Document type: Emphyteutic lease
Year: 1473
Scribe: [Unknown]
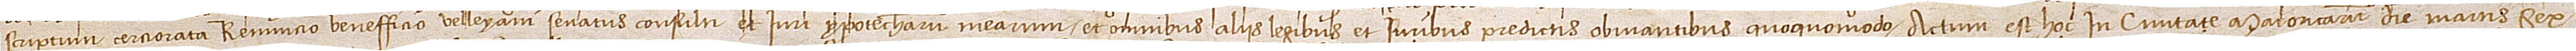
scroiptum cerciorata, renuncio benefficio Velleyani senatus consulti, et iuri ypotecharum mearum, et omnibus aliis legibus et iuribus predictis obviantibus quoquomodo. Actum est hoc in civitate Maioricarum die martis sex-